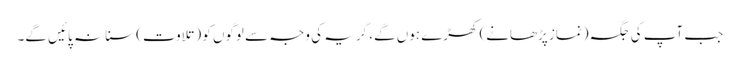
جب آپ کی جگہ (نماز پڑھانے) کھڑے ہوں گے، گریہ کی وجہ سے لوگوں کو (تلاوت) سنا نہ پائیں گے۔